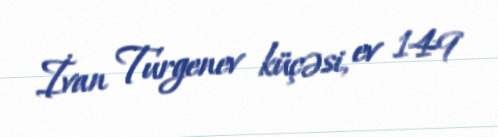
İvan Turgenev küçəsi, ev 149